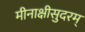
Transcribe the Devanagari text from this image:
मीनाक्षीसुदरम्